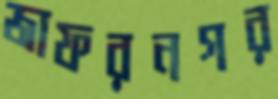
জাফরনগর